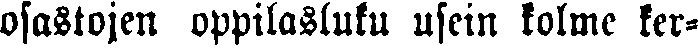
osastojen oppilasluku usein kolme ker-